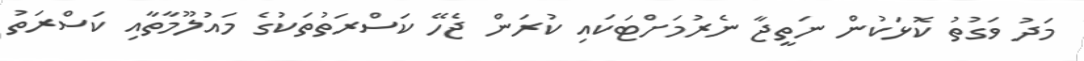
މަދު ވަގުތު ކޮޅަކުން ނަތީޖާ ނެރުމަށްޓަކައި ކުރަން ޖެހޭ ކަސްރަތުތަކުގެ މައުލޫމާތާއި ކަސްރަތު